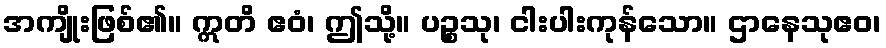
အကျိုးဖြစ်၏။ ဣတိ ဧဝံ၊ ဤသို့။ ပဉ္စသု၊ ငါးပါးကုန်သော။ ဌာနေသုဧဝ၊